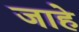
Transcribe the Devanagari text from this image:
जाहे